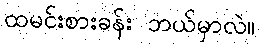
ထမင်းစားခန်း ဘယ်မှာလဲ။